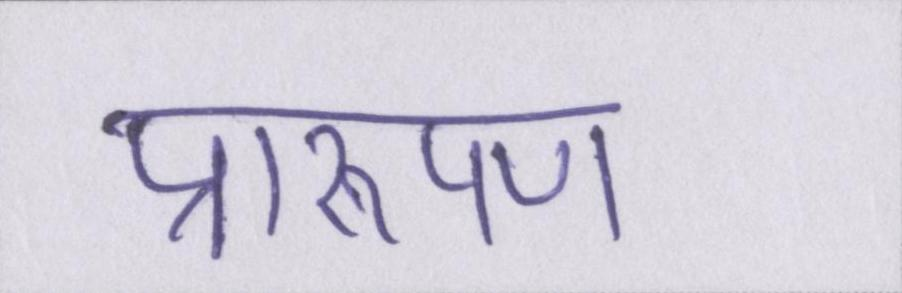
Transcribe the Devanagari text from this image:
प्रारूपण